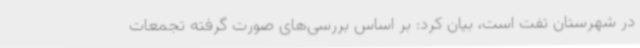
در شهرستان تفت است، بیان کرد: بر اساس بررسی‌های صورت گرفته تجمعات